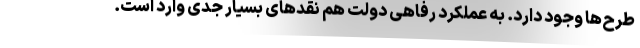
طرح‌ها وجود دارد. به عملکرد رفاهی دولت هم نقدهای بسیار جدی وارد است.